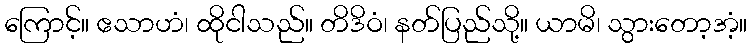
ကြောင့်။ ဧသာဟံ၊ ထိုငါသည်။ တိဒိဝံ၊ နတ်ပြည်သို့။ ယာမိ၊ သွားတော့အံ့။